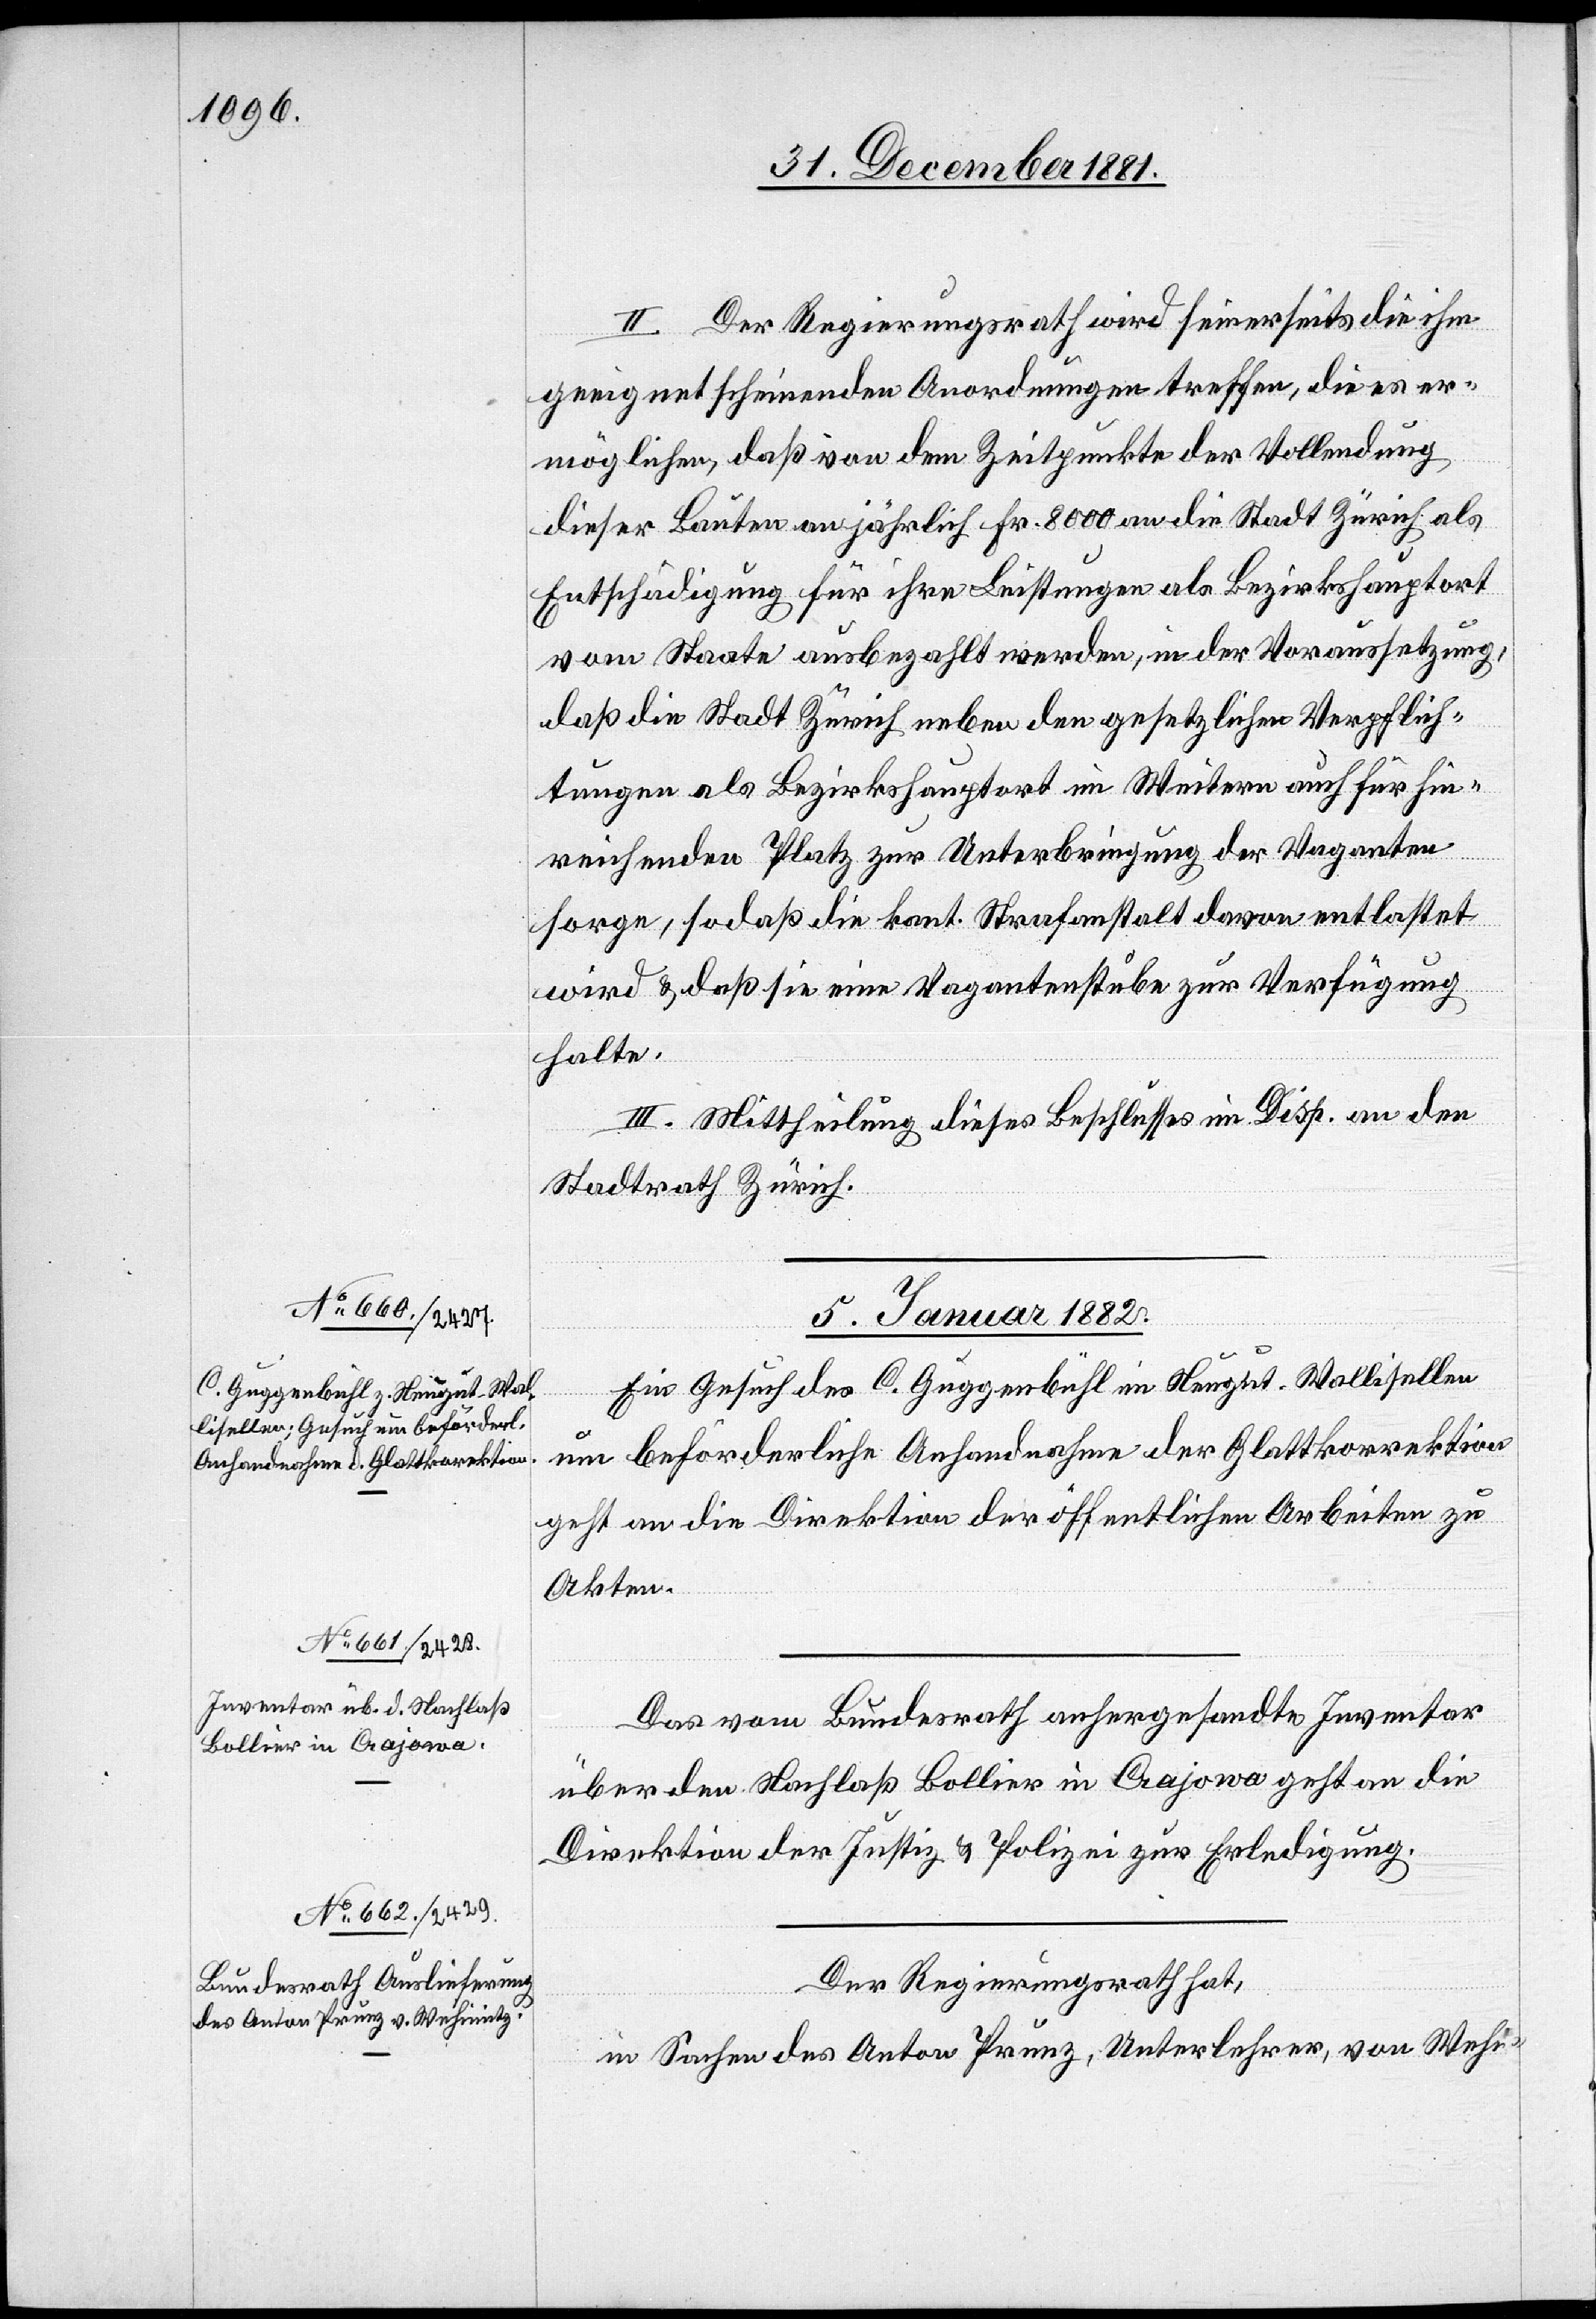
II. Der Regierungsrath wird seinerseits die ihm
geeignet scheinenden Anordnungen treffen, die es er¬
möglichen, daß von dem Zeitpunkte der Vollendung
dieser Bauten an jährlich Fr. 8000 an die Stadt Zürich als
Entschädigung für ihre Leistungen als Bezirkshauptort
vom Staate ausbezahlt werden, in der Voraussetzung,
daß die Stadt Zürich neben den gesetzlichen Verpflich¬
tungen als Bezirkshauptort im Weitern auch für hin¬
reichend Platz zur Unterbringung der Vaganten
sorge, sodaß die kant. Strafanstalt davon entlastet
wird & daß sie eine Vagantenstube zur Verfügung
halte.
III. Mittheilung dieses Beschlusses im Disp. an den
Stadtrath Zürich.
5. Januar 1882.]
Ein Gesuch des C. Guggenbühl im Neugut - Wallisellen
um beförderliche Anhandnahme der Glattkorrektion
geht an die Direktion der öffentlichen Arbeiten zu
Akten.
Das vom Bundesrath anhergesandte Inventar
über den Nachlaß Bollier in Crajowa geht an die
Direktion der Justiz & Polizei zur Erledigung.
Der Regierungsrath hat,
in Sachen des Anton Prunz, Unterlehrer, von Wehi-